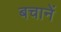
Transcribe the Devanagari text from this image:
बचानें